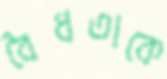
বৈধতাকে